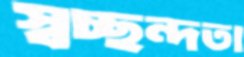
স্বচ্ছন্দতা